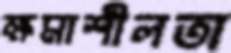
ক্ষমাশীলতা